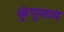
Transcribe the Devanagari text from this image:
कुंगूमाम